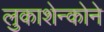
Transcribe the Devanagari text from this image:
लुकाशेन्कोने